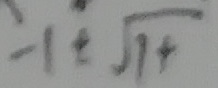
: 1 \pm \sqrt { 1 + }